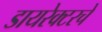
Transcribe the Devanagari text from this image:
डायरेक्टरचे